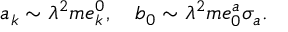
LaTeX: a _ { k } \sim \lambda ^ { 2 } m e _ { k } ^ { 0 } , ~ ~ ~ b _ { 0 } \sim \lambda ^ { 2 } m e _ { 0 } ^ { a } \sigma _ { a } .